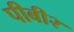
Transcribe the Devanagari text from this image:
पीबी२